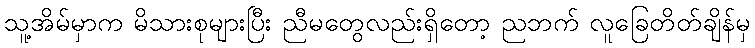
သူ့အိမ်မှာက မိသားစုများပြီး ညီမတွေလည်းရှိတော့ ညဘက် လူခြေတိတ်ချိန်မှ